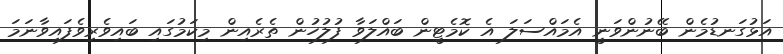
އަޅުގަނޑުމެން ބޭނުންވަނީ އެމައްސަލަ އެ ކޮމެޓީން ބައްލަވާ ފުލުހުން ތެރެއިން މިކަމުގައި ބައިވެރިވެފައިވާނަމަ